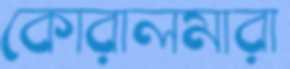
কোরালমারা